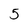
Character: 5